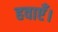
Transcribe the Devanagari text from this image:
हवाएँ।